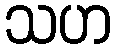
သဟ